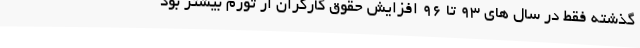
گذشته فقط در سال های 93 تا 96 افزایش حقوق کارگران از تورم بیشتر بود